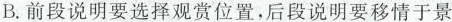
B.前段说明要选择观赏位置，后段说明要移情于景